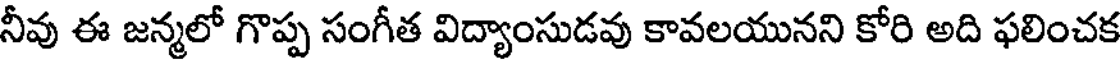
నీవు ఈ జన్మలో గొప్ప సంగీత విద్యాంసుడవు కావలయునని కోరి అది ఫలించక